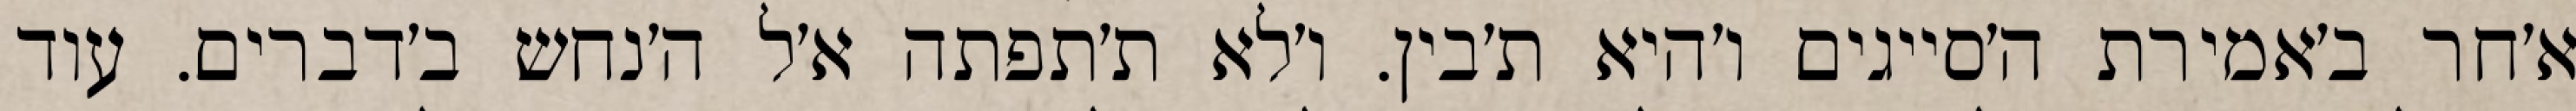
א׳חר ב׳אמירת ה׳סייגים ו׳היא ת׳בין. ו׳לא ת׳תפתה א׳ל ה׳נחש ב׳דברים. עוד